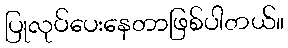
ပြုလုပ်ပေးနေတာဖြစ်ပါတယ်။